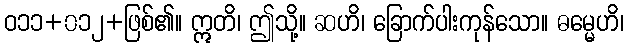
ဝ၁၁+၀၁၂+ဖြစ်၏။ ဣတိ၊ ဤသို့။ ဆဟိ၊ ခြောက်ပါးကုန်သော။ ဓမ္မေဟိ၊